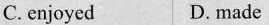
C.enjoyed D. made